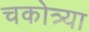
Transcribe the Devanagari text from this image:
चकोत्र्या